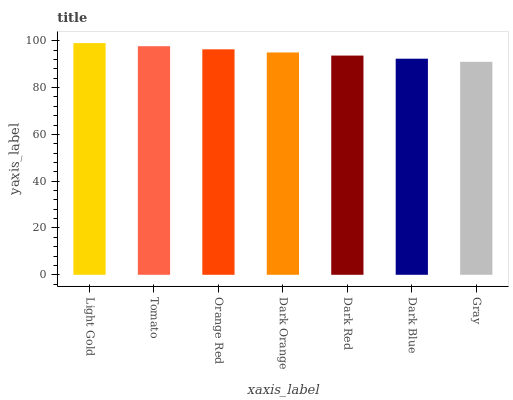
| xaxis_label | bars |
 | --- | --- |
 | Light Gold | 99 |
 | Tomato | 97.7 |
 | Orange Red | 96.3 |
 | Dark Orange | 95 |
 | Dark Red | 93.7 |
 | Dark Blue | 92.3 |
 | Gray | 91 |